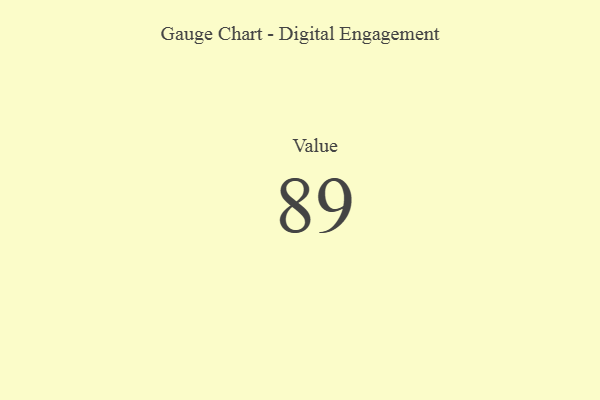
{"axis": {"x": "Metric", "y": "Value"}, "legend": [""], "data": [{"x": "Value", "y": 89, "type": ""}]}